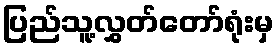
ပြည်သူ့လွှတ်တော်ရုံးမှ